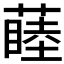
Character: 𬞝